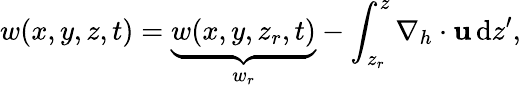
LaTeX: w(x,y,z,t)=\underbrace{w(x,y,z_{r},t)}_{w_{r}}-\int_{z_{r}}^{z}\nabla_{h}\cdot{\mathbf u}\, \mathrm{d}z^{\prime},